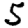
Digit: 5